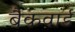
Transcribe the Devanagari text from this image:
बैकवार्ड